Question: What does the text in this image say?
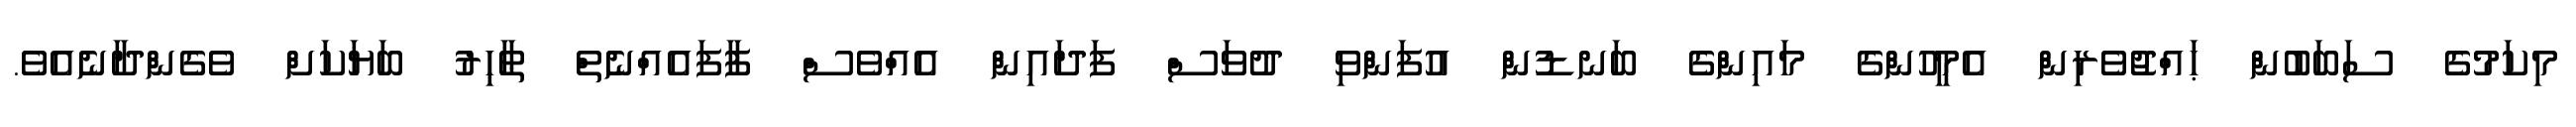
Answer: މިކަމުގެ ސަބަބުން ޙައްޖުވެރިން އެމީހުންގެ މައިންގެ ބަނޑުން އުފަންވި ދުވަސް ފަދައިން އެއްވެސް ފާފައެއްނެތް ޠާހިރު ބަޔަކަށް ވެގެންދާނެއެވެ.